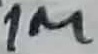
Text: 1M